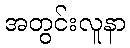
အတွင်းလူနာ